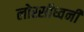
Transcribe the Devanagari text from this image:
लोस्सीध्वनी